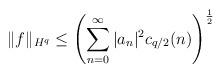
LaTeX: \begin{align*} \|f\|_{H^q} \leq \left(\sum_{n=0}^\infty |a_n|^2 c_{q/2}(n)\right)^\frac{1}{2} \end{align*}